Cultivation of the bacillus of leprosy and the treatment of cases by means of a vaccine prepared from the cultivations - Number 42
Disease focus: Leprosy
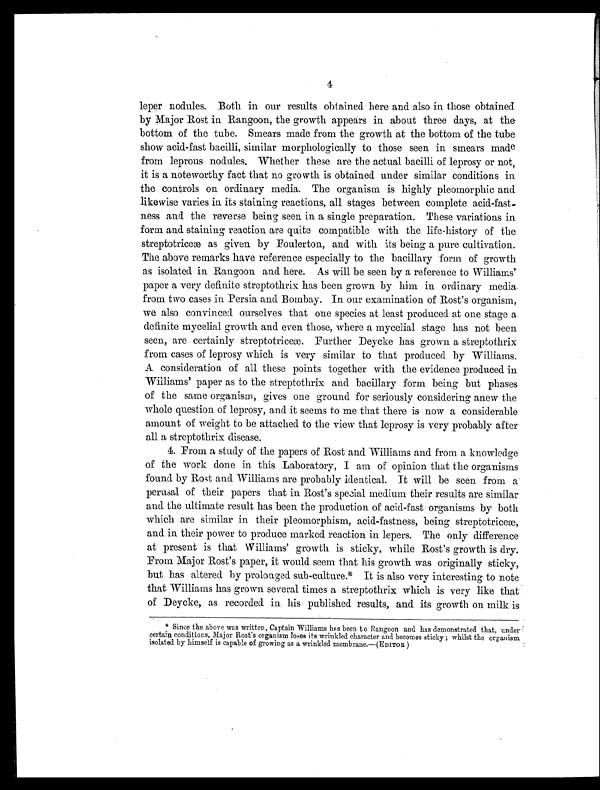
4
leper nodules. Both in our results obtained here and also in those obtained
by Major Rost in Rangoon, the growth appears in about three days, at the
bottom of the tube. Smears made from the growth at the bottom of the tube
show acid-fast bacilli, similar morphologically to those seen in smears made
from leprous nodules. Whether these are the actual bacilli of leprosy or not,
it is a noteworthy fact that no growth is obtained under similar conditions in
the controls on ordinary media. The organism is highly pleomorphic and
likewise varies in its staining reactions, all stages between complete acid-fast-
ness and the reverse being seen in a single preparation. These variations in
form and staining reaction are quite compatible with the life-history of the
streptotriceæ as given by Foulerton, and with its being a pure cultivation.
The above remarks have reference especially to the bacillary form of growth
as isolated in Rangoon and here. As will be seen by a reference to Williams'
paper a very definite streptothrix has been grown by him in ordinary media
from two cases in Persia and Bombay. In our examination of Rost's organism,
we also convinced ourselves that one species at least produced at one stage a
definite mycelial growth and even those, where a mycelial stage has not been
seen, are certainly streptotriceæ. Further Deycke has grown a streptothrix
from cases of leprosy which is very similar to that produced by Williams.
A consideration of all these points together with the evidence produced in
Williams' paper as to the streptothrix and bacillary form being but phases
of the same organism, gives one ground for seriously considering anew the
whole question of leprosy, and it seems to me that there is now a considerable
amount of weight to be attached to the view that leprosy is very probably after
all a streptothrix disease.
4. From a study of the papers of Rost and Williams and from a knowledge
of the work done in this Laboratory, I am of opinion that the organisms
found by Rost and Williams are probably identical. It will be seen from a
perusal of their papers that in Rost's special medium their results are similar
and the ultimate result has been the production of acid-fast organisms by both
which are similar in their pleomorphism, acid-fastness, being streptotriceæ,
and in their power to produce marked reaction in lepers. The only difference
at present is that Williams' growth is sticky, while Rost's growth is dry.
From Major Rost's paper, it would seem that his growth was originally sticky,
but has altered by prolonged sub-culture.* It is also very interesting to note
that Williams has grown several times a streptothrix which is very like that
of Deycke, as recorded in his published results, and its growth on milk is
* Since the above was written, Captain Williams has been to Rangoon and has demonstrated that, under
certain conditions, Major Rost's organism loses its wrinkled character and becomes sticky ; whilst the organism
isolated by himself is capable of growing as a wrinkled membrane.—(EDITOR)